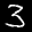
Label: 3